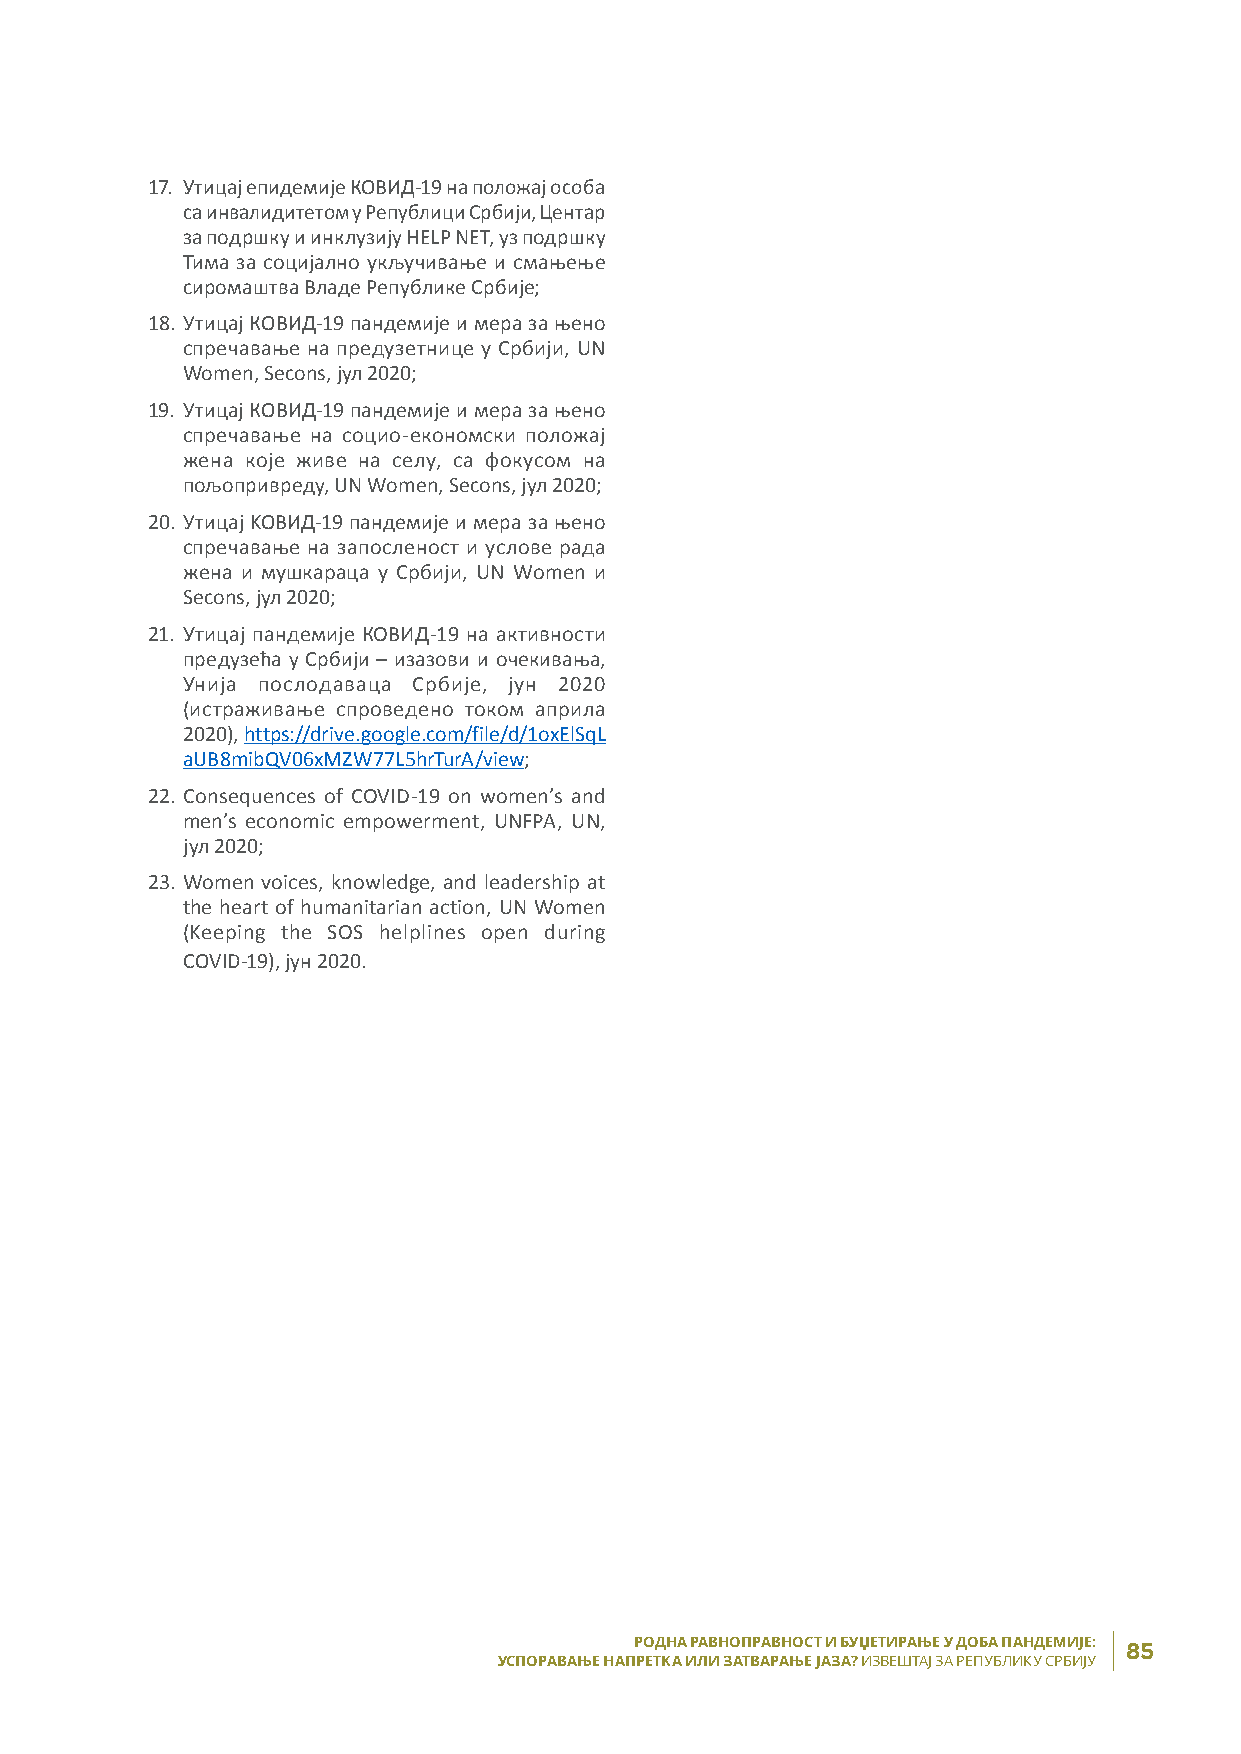
17. Утицај епидемије КОВИД-19 на положај особа
 са инвалидитетом у Републици Србији, Центар
 за подршку и инклузију HELP NET, уз подршку
 Тима за социјално укључивање и смањење
 сиромаштва Владе Републике Србије;
 18. Утицај КОВИД-19 пандемије и мера за њено
 спречавање на предузетнице у Србији, UN
 Women, Secons, јул 2020;
 19. Утицај КОВИД-19 пандемије и мера за њено
 спречавање на социо-економски положај
 жена које живе на селу, са фокусом на
 пољопривреду, UN Women, Secons, јул 2020;
 20. Утицај KОВИД-19 пандемије и мера за њено
 спречавање на запосленост и услове рада
 жена и мушкараца у Србији, UN Women и
 Secons, јул 2020;
 21. Утицај пандемије КОВИД-19 на активности
 предузећа у Србији – изазови и очекивања,
 Унија послодаваца Србије, јун 2020
 (истраживање спроведено током априла
 2020), https://drive.google.com/file/d/1oxElSqL
 aUB8mibQV06xMZW77L5hrTurA/view;
 22. Consequences of COVID-19 on women’s and
 men’s economic empowerment, UNFPA, UN,
 јул 2020;
 23. Women voices, knowledge, and leadership at
 the heart of humanitarian action, UN Women
 (Keeping the SOS helplines open during
 COVID-19), јун 2020.
 РОДНА РАВНОПРАВНОСТ И БУЏЕТИРАЊЕ У ДОБА ПАНДЕМИЈЕ : 85
 УСПОРАВАЊЕ НАПРЕТКА ИЛИ ЗАТВАРАЊЕ ЈАЗА? ИЗВЕШТАЈ ЗА РЕПУБЛИКУ СРБИЈУ